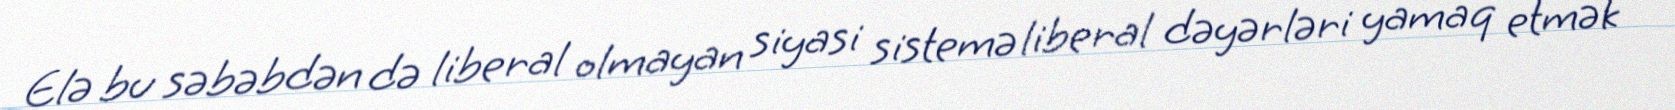
Elə bu səbəbdən də liberal olmayan siyasi sistemə liberal dəyərləri yamaq etmək